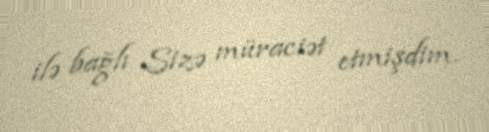
ilə bağlı Sizə müraciət etmişdim.